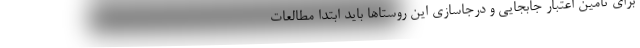
برای تامین اعتبار جابجایی و درجاسازی این روستاها باید ابتدا مطالعات